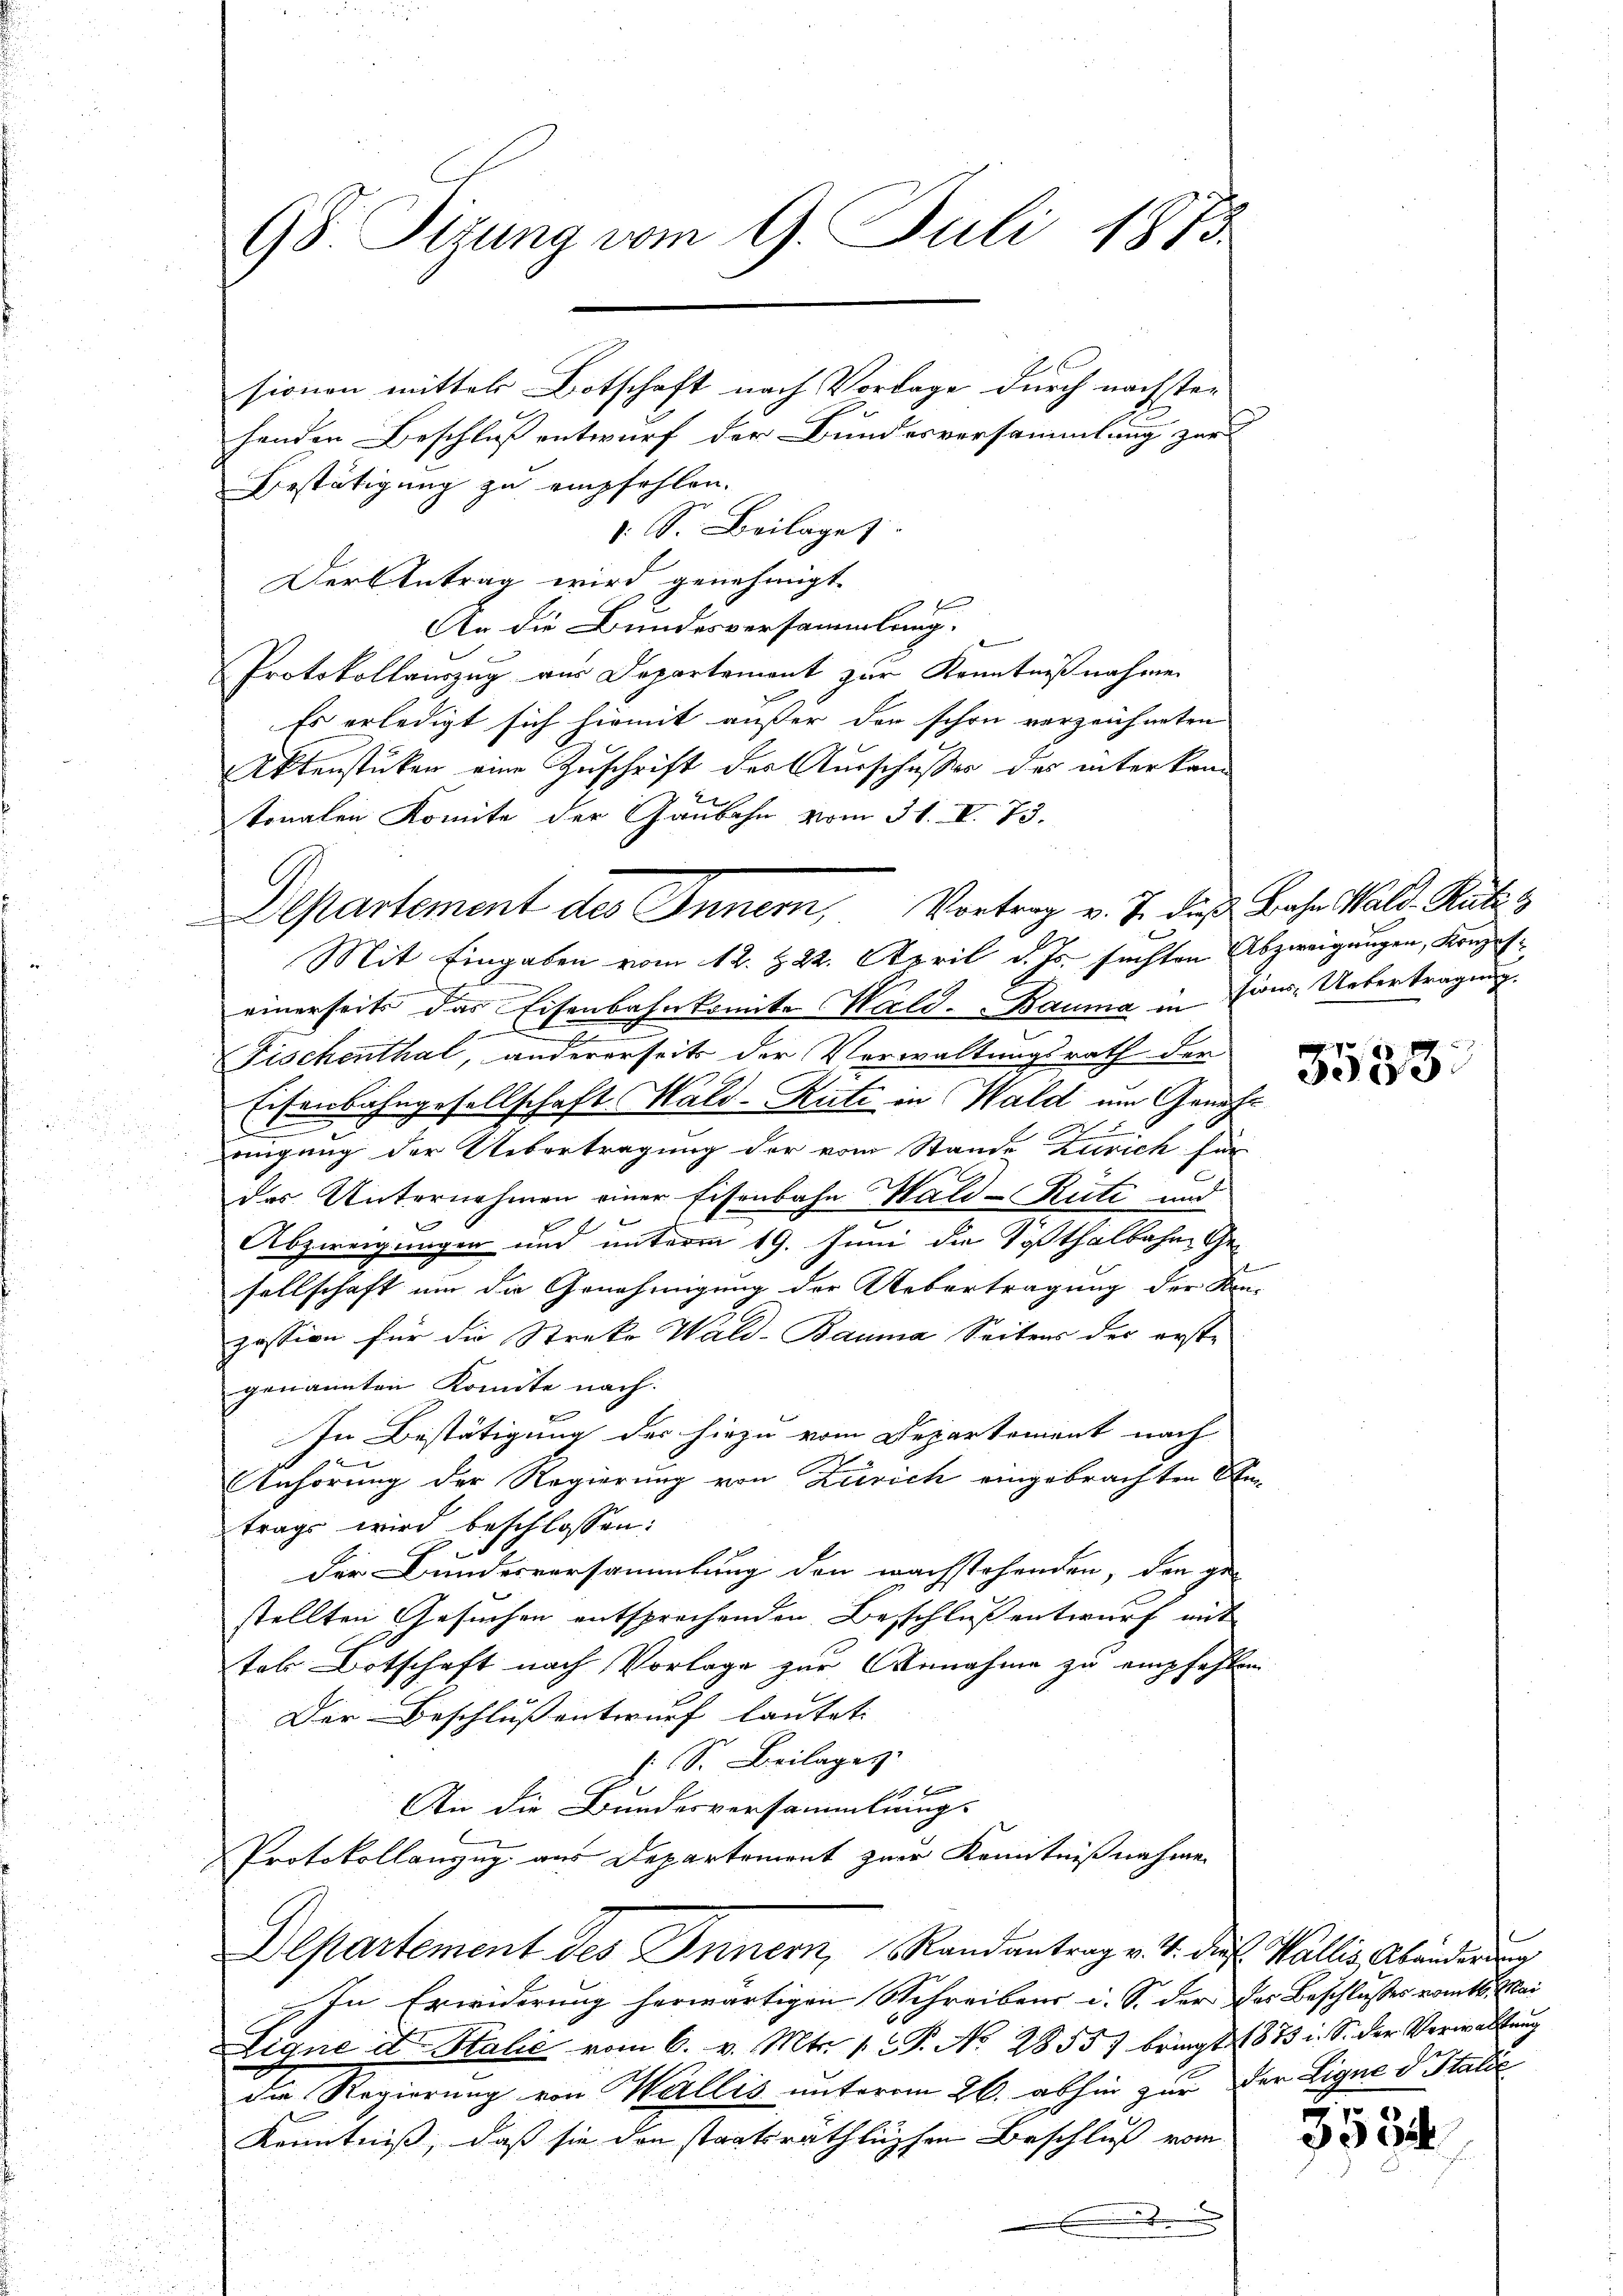
henden Beschluß entwurf der Bundesversammlung zur
Bestätigung zu empfehlen.
1 S. Beilage
Der Antrag wird genehmigt.
An die Bundesversammlung.
Protokollauszug aus Departement zur Kenntnißnahme
Es erledigt sich hiemit außer den schon verzeichneten
Aktenstücken eine Zuschrift der Ausschusser des interkan
tonalen Komite der Gaubahn vom 31. I. 73.
Mit Eingaben vom 12. 822. April d. Js. suchten Abzweigungen, Konzeseinerseits das Eisenbahnkomite Wald. Bauma in Zins-Uebertragung.
f
2
Fischenthal, andererseits der Verwaltungsrath der
Eisenbahngesellschaft Hald-Rüti in Wald um Geneh¬
1
Konigung der Uebertragung der vom Stande Zürich für
des Unternehmen einer Eisenbahn Wald–Rüti und
Abzweigungen und unterm 19. Juni die Tößthalbahne Gesellschaft um die Genehmigung der Uebertragung der Kon-
possion für die Streke Wald-Bauma Seitens der erste
genannten Komite nach.
d
In Bestätigung der hiezu vom Departement nach
Anhörung der Regierung von Zürich eingebrachten Antrags wird beschlossen:
u
der Bundesversammlung den wachstehenden, den ge-
stellten Gesuchen entsprechenden Beschluß entwurf mit
tes Botschaft nach Vorlage zur Annahme zu empfehlen
Der Beschlussentwurf lautet:
S. Beilagen:
2
An die Bundesversammlungs
Protokollanzug aus Departement zur Kenntnißnahme.
Departement des Innern, Randantrag v. 4. dies Wallis, Abänderung
In Erwiderung herwärtigen Schreibens u. S. der der Beschlusses vom 16. Mai
Sique der Halić vom 6. v. Mts. 1. P. No 28557 bringt 1873 i. S. der Verwaltung
die Regierung von Werllis unterm 26. abhin zur der Eigne d. Stalde
Kenntniß, daß sie den staatsräthlichen Beschluß vom

98. Sizung vom 9. Juli 1873.

sionen mittels Botschaft nach Vorlage durch nächsten

Departement des Innern, Vortrag v. J. die Bahn Wald. Satz. 3

3533.

s
50